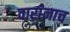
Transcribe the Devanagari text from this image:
वारांनाच